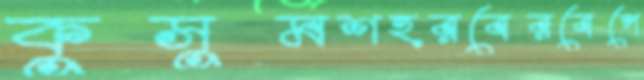
কুসুমশহরবেরবেপে